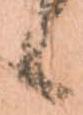
候